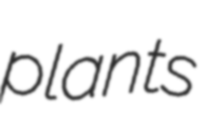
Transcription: plants